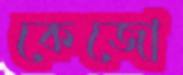
কেজো